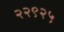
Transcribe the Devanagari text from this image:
२२९२५